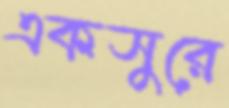
একসুরে